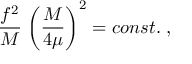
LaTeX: \frac { f ^ { 2 } } { M } \; \biggl ( \frac { M } { 4 \mu } \biggr ) ^ { 2 } = c o n s t . \; ,